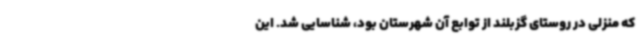
که منزلی در روستای گزبلند از توابع آن شهرستان بود، شناسایی شد. این